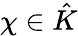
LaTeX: \chi\in{\hat{K}}